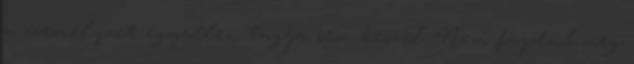
a személyzet egyetlen tagja sem beszél. Nem fájdul meg